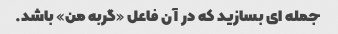
جمله ای بسازید که در آن فاعل «گربه من» باشد.